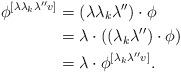
LaTeX: \begin{align*}\phi^{[\lambda\lambda_k\lambda'' v]}&=(\lambda\lambda_k\lambda'')\cdot\phi\\&=\lambda\cdot((\lambda_k\lambda'')\cdot\phi)\\&=\lambda\cdot\phi^{[\lambda_k\lambda''v]}.\end{align*}